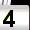
Digit: 4